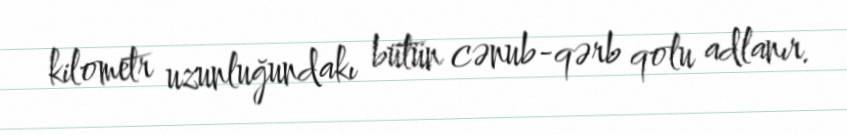
kilometr uzunluğundakı bütün cənub-qərb qolu adlanır.